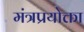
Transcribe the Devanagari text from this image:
मंत्रप्रयोक्ता